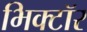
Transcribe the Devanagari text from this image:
भिक्टॉर